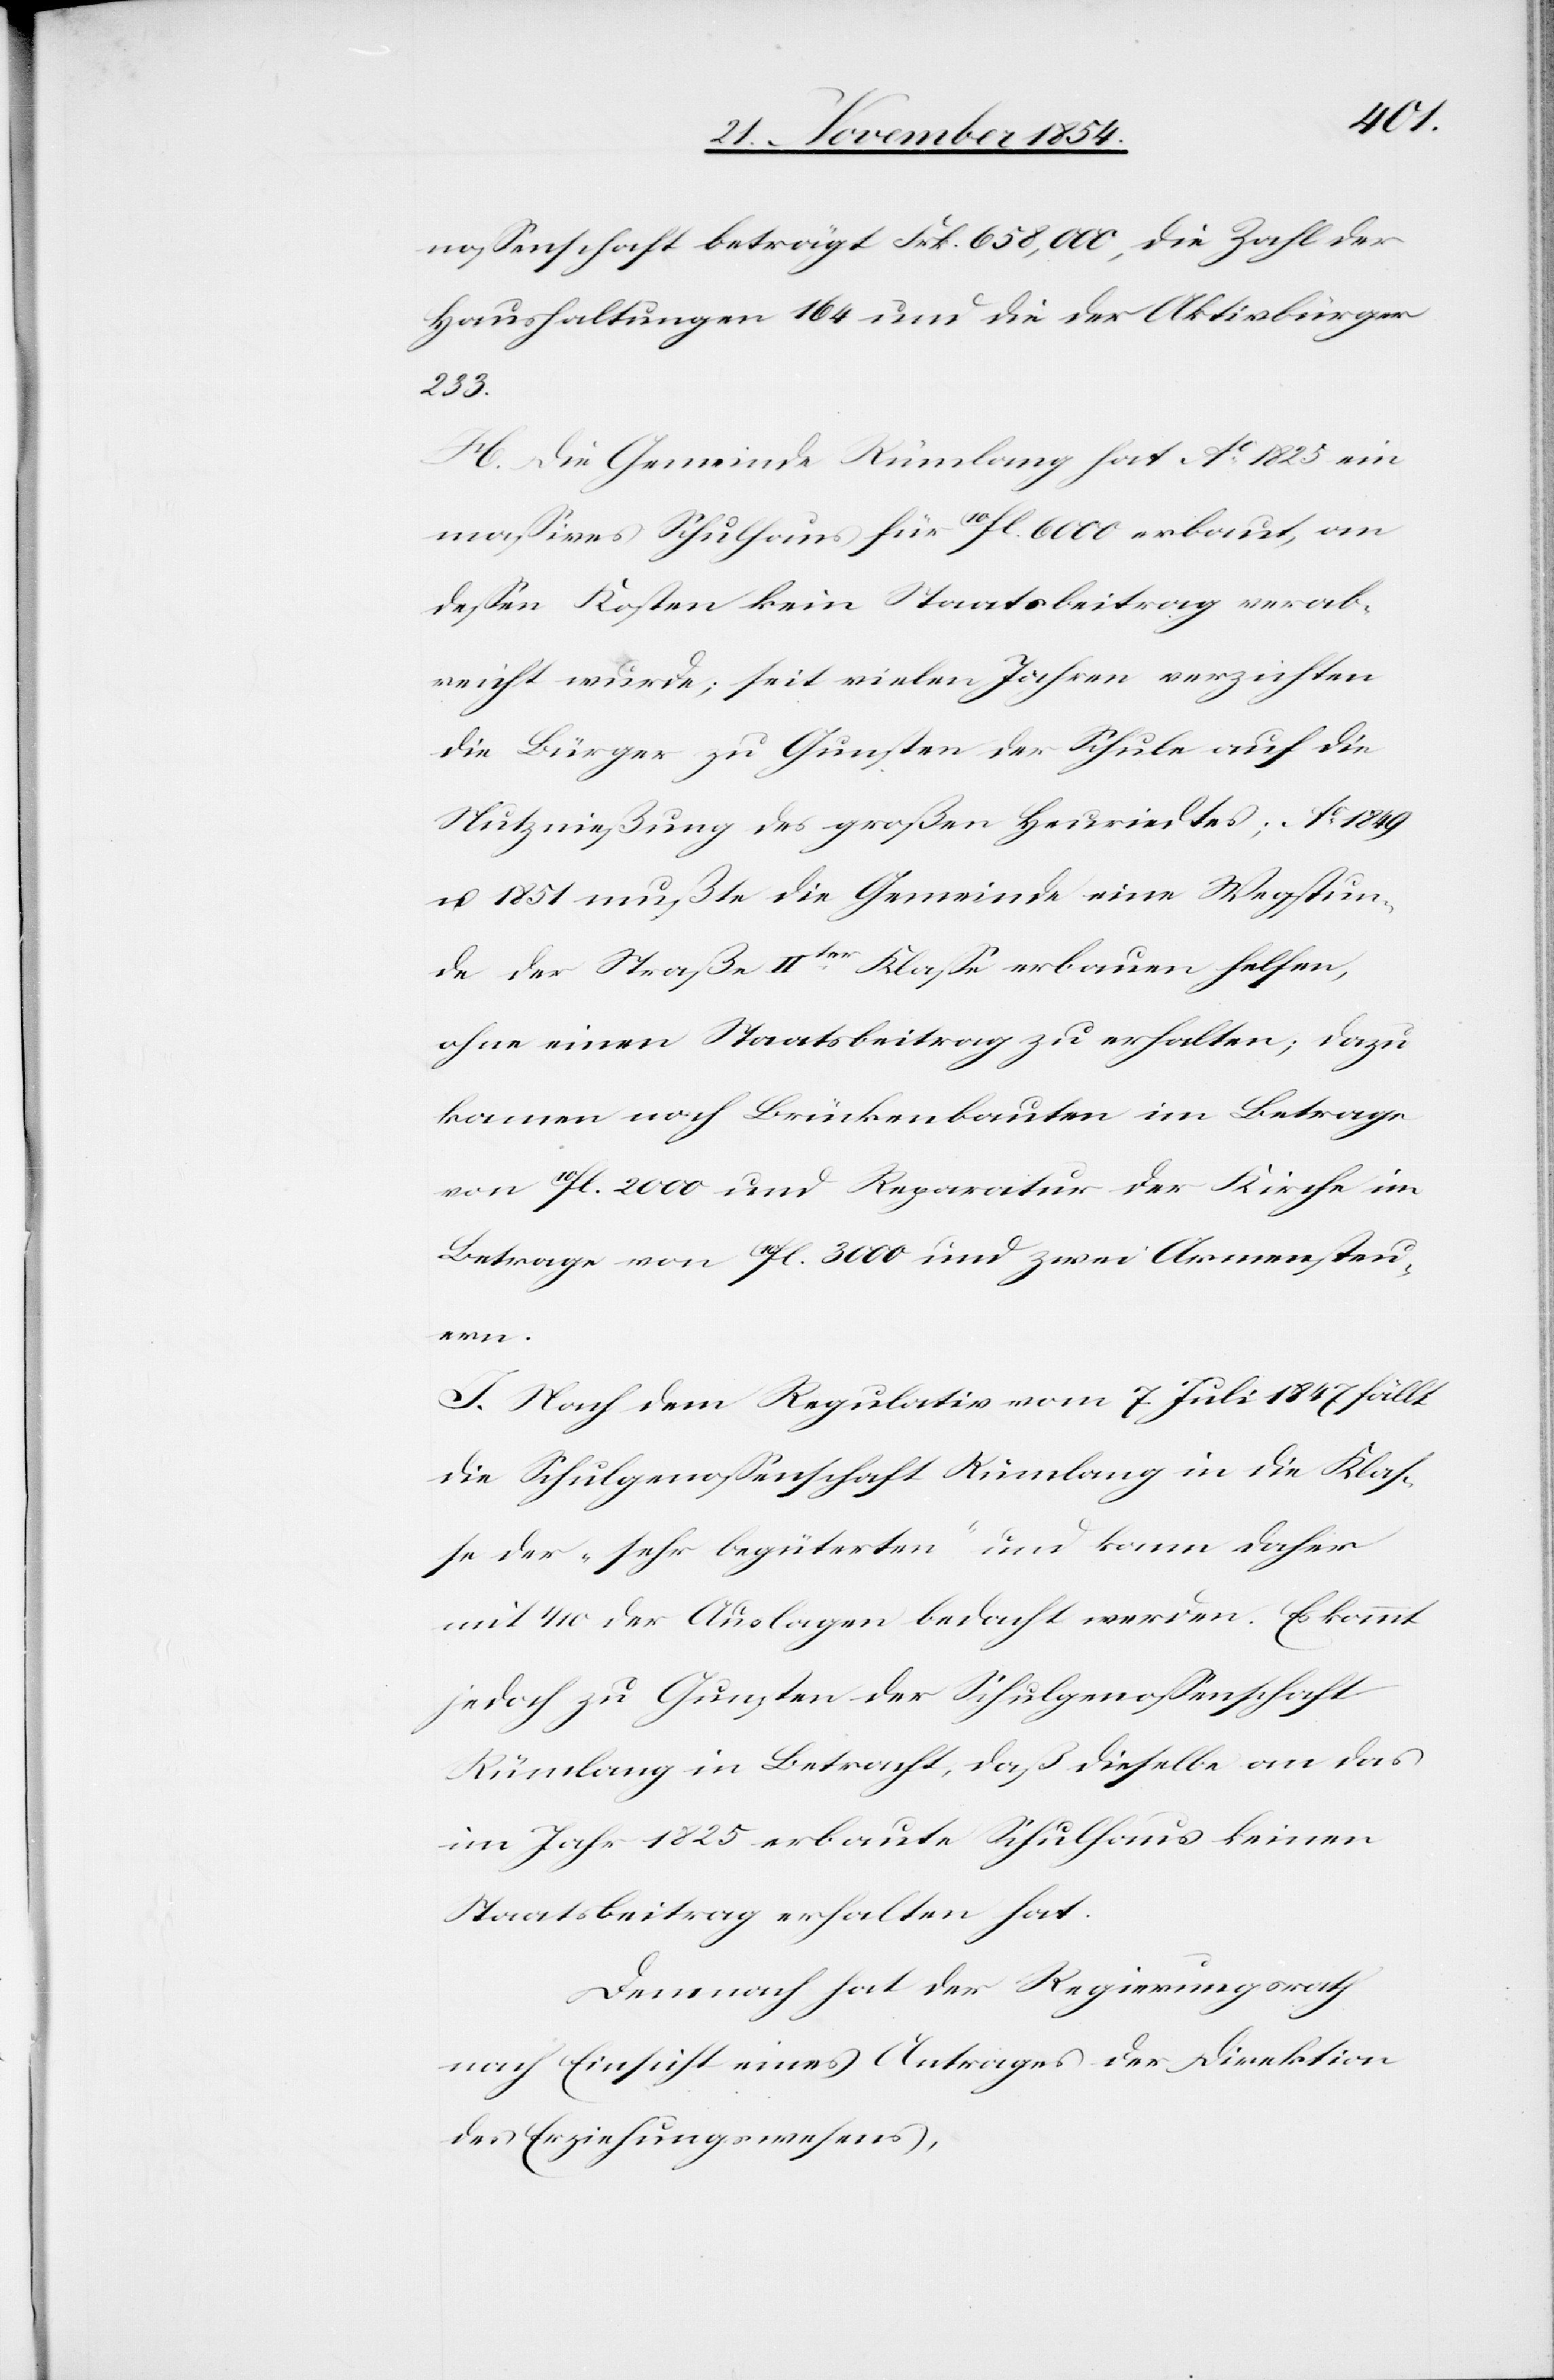
noßenschaft beträgt Frk. 658,000, die Zahl der
Haushaltungen 164 und die der Aktivbürger
daß
H. Die Gemeinde Rümlang hat Ao 1825 ein
maßives Schulhaus für 10fl. 6000 erbaut, an
deßen Kosten kein Staatsbeitrag verab¬
reicht wurde; seit vielen Jahren verzichten
die Bürger zu Gunsten der Schule auf die
Nutznießung des großen Heuriedtes; Ao 1849
u. 1851 mußte die Gemeinde eine Wegstun¬
de der Straße IIter Klaße erbauen helfen,
ohne einen Staatsbeitrag zu erhalten; dazu
kamen noch Brückenbauten im Betrage
von 10fl. 2000 und Reparatur der Kirche im
Betrage von 10fl. 3000 und zwei Armensteu¬
ern.
I. Nach dem Regulativ vom 7. Juli 1847 fällt
die Schulgenoßenschaft Rümlang in die Klaß¬
e der „sehr begüterten“ und kann daher
mit 4/10 der Auslagen bedacht werden. Es kommt
jedoch zu Gunsten der Schulgenoßenschaft
im Jahr 1825 erbaute Schulhaus keinen
Staatsbeitrag erhalten hat.
Demnach hat der Regierungsrath
nach Einsicht eines Antrages der Direktion
des Erziehungswesens,